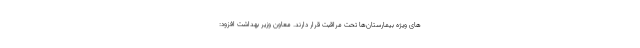
های ویژه بیمارستان‌ها تحت مراقبت قرار دارند. معاون وزیر بهداشت افزود: